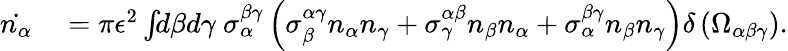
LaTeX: \begin{array}{rl}{\dot{n_{\alpha}}}&{{}=\pi\epsilon^{2}\int\! \! d\beta d\gamma\ \sigma_{\alpha}^{\beta\gamma}\left(\sigma_{\beta}^{\alpha\gamma}n_{\alpha}n_{\gamma}+\sigma_{\gamma}^{\alpha\beta}n_{\beta}n_{\alpha}+\sigma_{\alpha}^{\beta\gamma}n_{\beta}n_{\gamma}\right)\delta\left(\Omega_{\alpha\beta\gamma}\right).}\end{array}